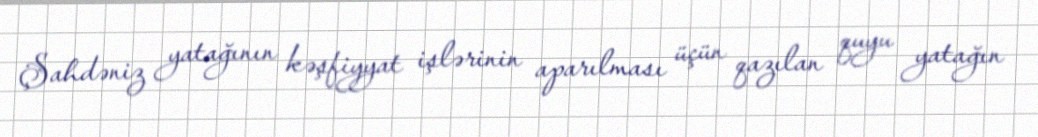
Şahdəniz yatağının kəşfiyyat işlərinin aparılması üçün qazılan quyu yatağın